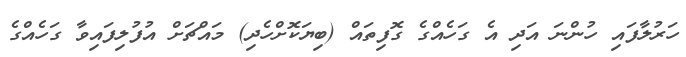
ހަރުލާފައި ހުންނަ އަދި އެ ގަހެއްގެ ގޮފިތައް (ބިޔަކޮށްހެދި) މައްޗަށް އުފުލިފައިވާ ގަހެއްގެ